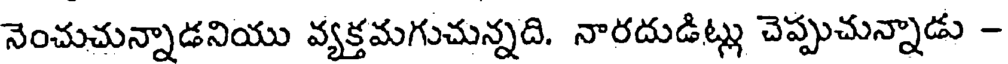
నెంచుచున్నాడనియు వ్యక్తమగుచున్నది. నారదుడిట్లు చెప్పుచున్నాడు -